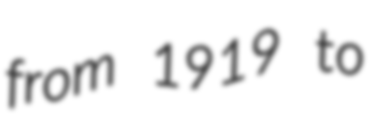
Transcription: from 1919 to